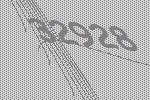
32928